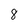
Character: 8